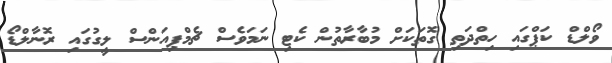
ވޯލްޑް ކަޕްގައި ހިތްދަތި ގޮތަކަށް މުބާރާތުން ކެޓި ނަމަވެސް ޗެމްޕިއަންސް ލީގުގައި ރޮނާލްޑޯ